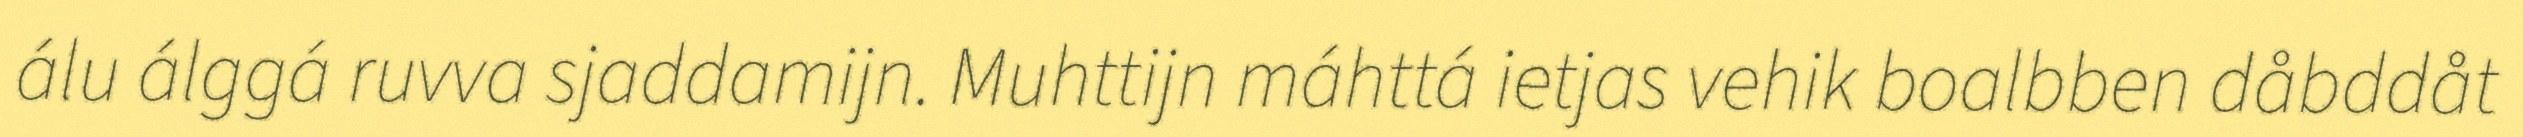
álu álggá ruvva sjaddamijn. Muhttijn máhttá ietjas vehik boalbben dåbddåt